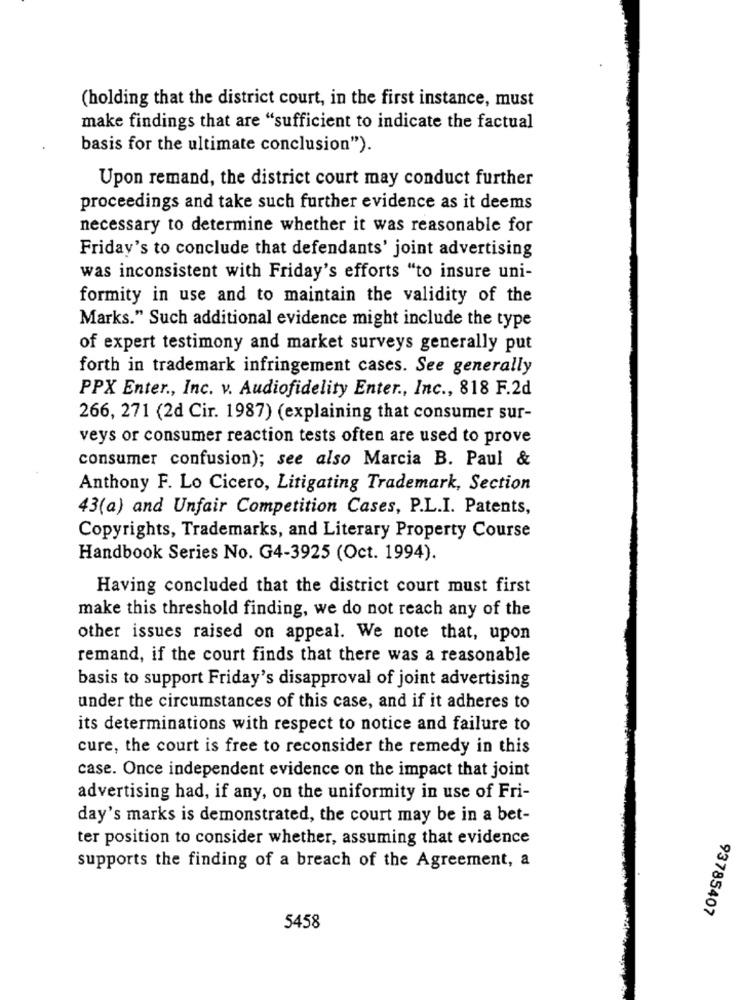
(holding that the district court, in the first instance, must
make findings that are "sufficient to indicate the factual
basis for the ultimate conclusion").
Upon remand, the district court may conduct further
proceedings and take such further evidence as it deems
necessary to determine whether it was reasonable for
Friday's to conclude that defendants' joint advertising
was inconsistent with Friday's efforts "to insure uni-
formity in use and to maintain the validity of the
Marks." Such additional evidence might include the type
of expert testimony and market surveys generally put
forth in trademark infringement cases. See generally
PPX Enter ., Inc. v. Audiofidelity Enter ., Inc ., 818 F.2d
266, 271 (2d Cir. 1987) (explaining that consumer sur-
veys or consumer reaction tests often are used to prove
consumer confusion); see also Marcia B. Paul &
Anthony F. Lo Cicero, Litigating Trademark, Section
43(a) and Unfair Competition Cases, P.L.I. Patents,
Copyrights, Trademarks, and Literary Property Course
Handbook Series No. G4-3925 (Oct. 1994).
Having concluded that the district court must first
make this threshold finding, we do not reach any of the
other issues raised on appeal. We note that, upon
remand, if the court finds that there was a reasonable
basis to support Friday's disapproval of joint advertising
under the circumstances of this case, and if it adheres to
its determinations with respect to notice and failure to
cure, the court is free to reconsider the remedy in this
case. Once independent evidence on the impact that joint
advertising had, if any, on the uniformity in use of Fri-
day's marks is demonstrated, the court may be in a bet-
ter position to consider whether, assuming that evidence
supports the finding of a breach of the Agreement, a
93785407
5458